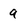
Character: a